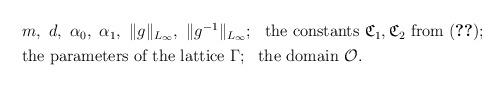
LaTeX: \begin{align*}\begin{aligned}&m,\ d,\ \alpha _0,\ \alpha _1,\ \Vert g\Vert _{L_\infty},\ \Vert g^{-1}\Vert _{L_\infty};\ \ \textnormal{the constants}\ \mathfrak{C}_1, \mathfrak{C}_2 \ \textnormal{from} \ \eqref{Garding};\\&\textnormal{the parameters of the lattice}\ \Gamma; \ \ \textnormal{the domain} \ \mathcal{O}.\end{aligned}\end{align*}